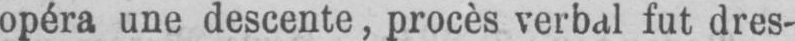
opéra une descente, procès verbal fut dres-